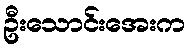
ဦးသောင်းအေးက